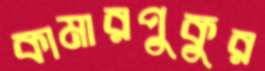
কামারপুকুর